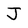
Character: J